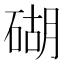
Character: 𥔓